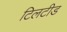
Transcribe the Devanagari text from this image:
टिलटीड